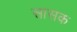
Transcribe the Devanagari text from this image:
सासक